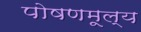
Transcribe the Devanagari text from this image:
पोषणमूल्य